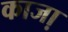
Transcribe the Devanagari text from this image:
काजा़